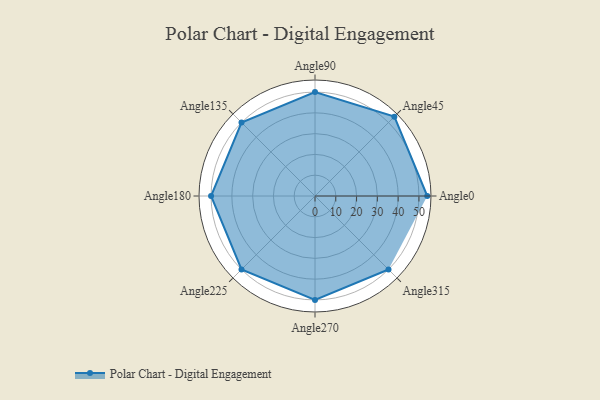
{"axis": {"x": "Angle", "y": "Radius"}, "legend": [""], "data": [{"x": "Angle0", "y": 54.0, "type": ""}, {"x": "Angle45", "y": 54.0, "type": ""}, {"x": "Angle90", "y": 50, "type": ""}, {"x": "Angle135", "y": 50, "type": ""}, {"x": "Angle180", "y": 50, "type": ""}, {"x": "Angle225", "y": 50, "type": ""}, {"x": "Angle270", "y": 50, "type": ""}, {"x": "Angle315", "y": 50, "type": ""}]}